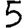
Digit: 5